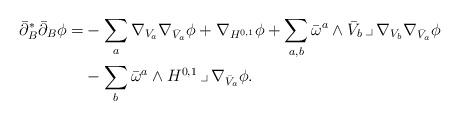
LaTeX: \begin{align*}\bar\partial_B^*\bar\partial_B\phi=&-\sum_a\nabla_{V_a}\nabla_{\bar V_a}\phi +\nabla_{H^{0,1}}\phi +\sum_{a,b}\bar\omega^a\wedge \bar V_b\,\lrcorner\, \nabla_{V_b}\nabla_{\bar V_a}\phi\\&-\sum_b \bar\omega^a\wedge H^{0,1}\,\lrcorner\, \nabla_{\bar V_a}\phi.\end{align*}